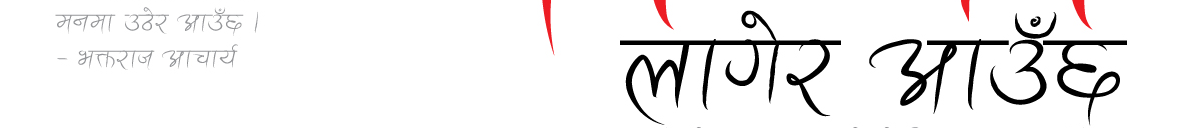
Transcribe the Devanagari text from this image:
मनमा उडेर आउँछ ।
- भत्तराज आचार्य
लागेर आउँछ